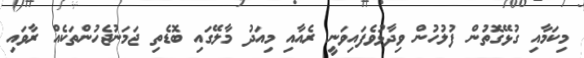
މިކަމާއި ގުޅޭގޮތުން ފުލުހުން ވިދާޅުވެފައިވަނީ ރެއާއި މިއަދު މާލޭގައި ބޮޑެތި ޖަމަނުޖެހުންތަކެއް ރާވައި